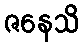
ဇနေသိ